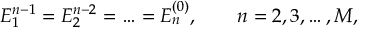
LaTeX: E _ { 1 } ^ { n - 1 } = E _ { 2 } ^ { n - 2 } = \ldots = E _ { n } ^ { ( 0 ) } , \qquad n = 2 , 3 , \ldots , M ,